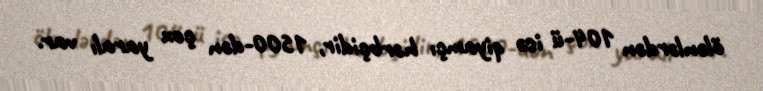
ölənlərdən 104-ü isə qiyamçı hərbçidir, 1500-dən çox yaralı var.